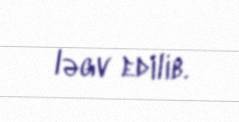
ləgv edilib.